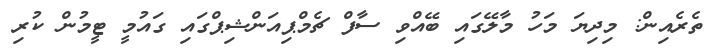
ތެރެއިން: މިދިޔަ މަހު މާލޭގައި ބޭއްވި ސާފް ޗެމްޕިއަންޝިޕްގައި ގައުމީ ޓީމުން ކުރި